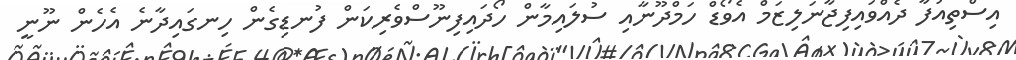
އިސްތިއުފާ ދެއްވައިފިޖާނަލިޒަމް އެވޯޑް ހަމްދޫނާއި ސުލައިމާން ހޯދައިފިނޫސްވެރިކަން ފުނޑިގެން ހިނގައިދާނެ އެހެން ނޫނީ